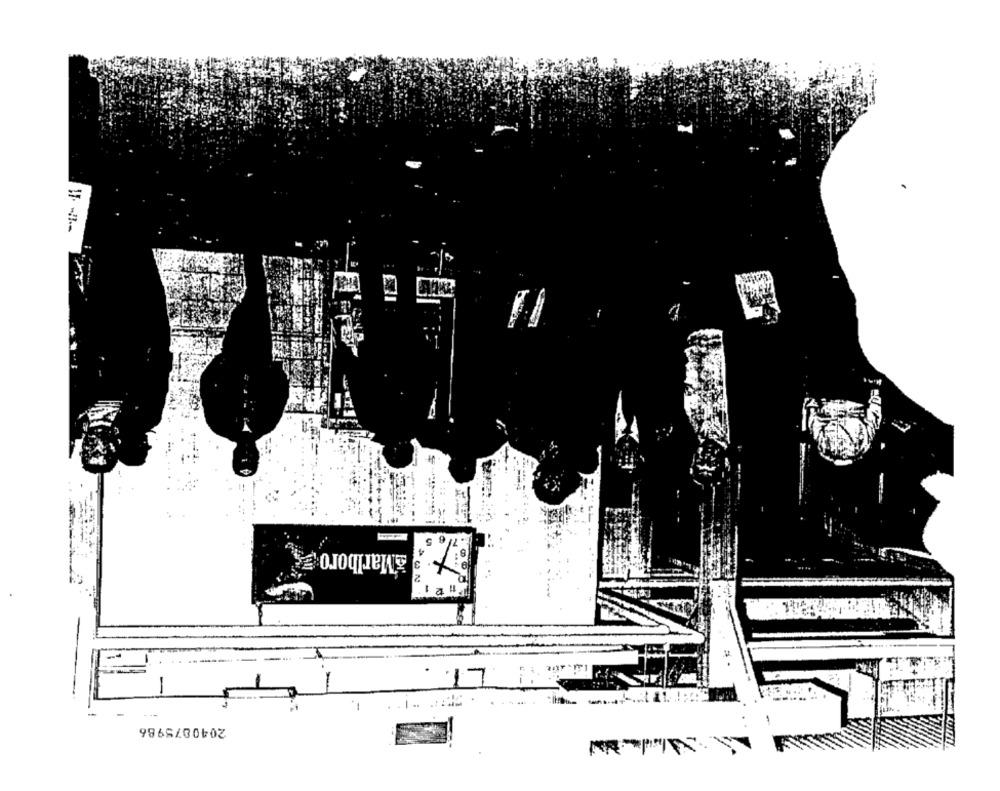
3 &Marlboro
1
a !!
L
2040075986